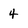
Character: 4